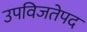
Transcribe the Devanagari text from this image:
उपविजतेपद